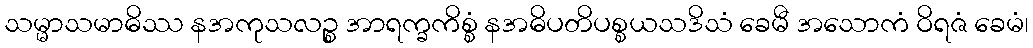
သမ္မာသမာဓိဿ နအကုသလဉ္စ အာရက္ခကိစ္စံ နအဓိပတိပစ္စယသဒိသံ ခေမီ အသောကံ ဝိရဇံ ခေမံ၊